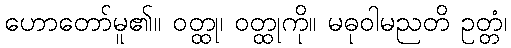
ဟောတော်မူ၏။ ဝတ္ထု၊ ဝတ္ထုကို။ မဓုဝါမညတိ ဥတ္တံ၊